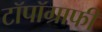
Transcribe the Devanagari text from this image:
टॉपॉग्राफी